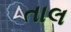
તાલ